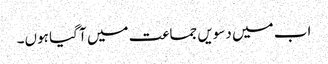
اب میں دسویں جماعت میں آ گیا ہوں۔